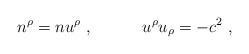
LaTeX: \begin{align*}n^\rho= nu^\rho\ ,\qquad\quad u^\rho u_\rho=-c^2 \ ,\end{align*}